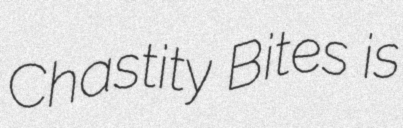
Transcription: Chastity Bites is